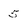
Character: 5